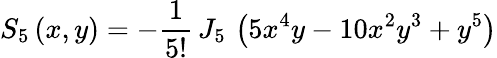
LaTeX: S_{5}\left(x,y\right)=-\frac{1}{5!}\, J_{5}\, \left(5x^{4}y-10x^{2}y^{3}+y^{5}\right)